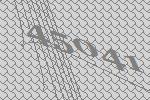
45041